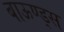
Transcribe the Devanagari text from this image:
बाऊण्ड्स